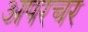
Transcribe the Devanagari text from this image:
अपरचर